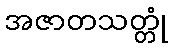
အဇာတသတ္တုံ